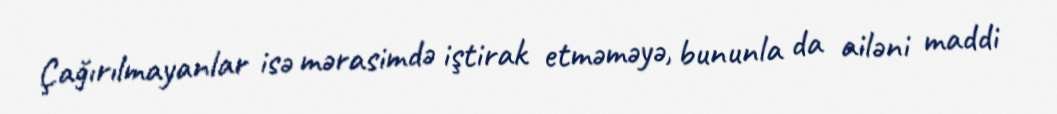
Çağırılmayanlar isə mərasimdə iştirak etməməyə, bununla da ailəni maddi